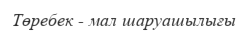
Төребек - мал шаруашылығы